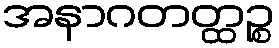
အနာဂတတ္ထဉ္စ